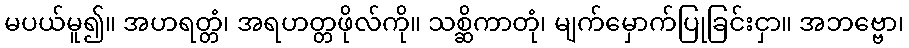
မပယ်မူ၍။ အဟရတ္တံ၊ အရဟတ္တဖိုလ်ကို။ သစ္ဆိကာတုံ၊ မျက်မှောက်ပြုခြင်းငှာ။ အဘဗ္ဗော၊